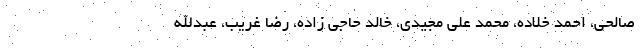
صالحی، احمد خلاده، محمد علی مجیدی، خالد حاجی زاده، رضا غریب، عبدالله